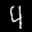
Label: 4